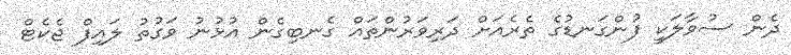
ދެން ސުވާލަކީ ފުންގަނޑުގެ ތެރެއަށް ދަރިވަރުންތައް ގެނބިގެން އުޅުނު ވަގުތު ލައިފް ޖެކެޓް